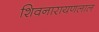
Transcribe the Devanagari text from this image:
शिवनारायणलाल